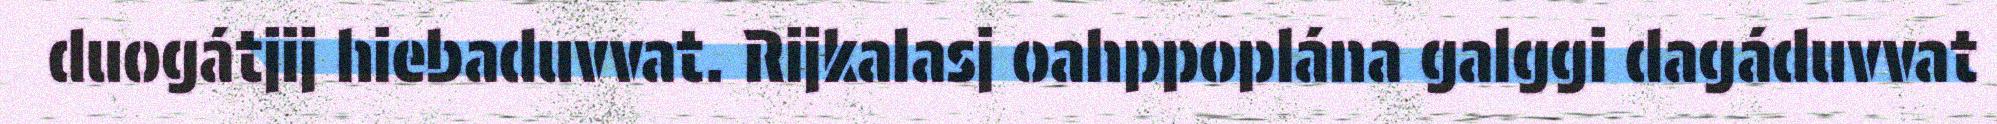
duogátjij hiebaduvvat. Rijkalasj oahppoplána galggi dagáduvvat